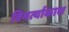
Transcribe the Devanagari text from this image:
विभर्त्याकाश